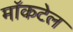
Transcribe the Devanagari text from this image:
मॉकटेल